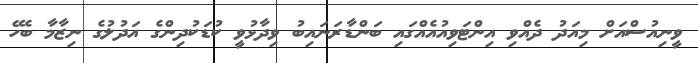
ވީނިއުސްއަށް މިއަދު ދެއްވި އިންޓަވިއުއެއްގައި ބަންޑާރަނައިބު ވިދާޅުވީ ކުޑަކުދިންގެ އަދުލުގެ ނިޒާމާ ބެހޭ